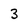
Character: 3